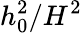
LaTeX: h_{0}^{2}/H^{2}